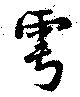
雩